Junior Leaving Certificate, 1939
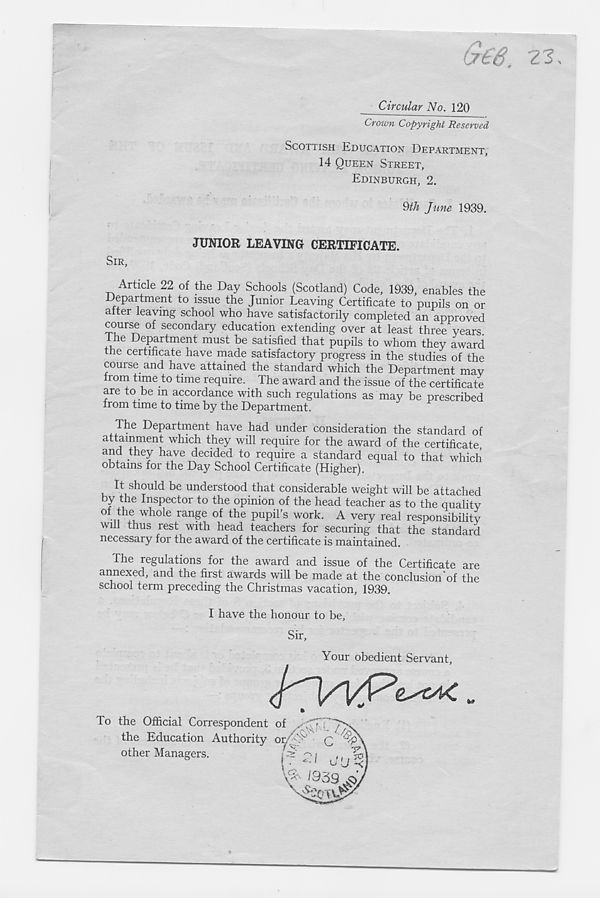
Circular No. 120
Crown Copyright Reserved
SCOTTISH EDUCATION DEPARTMENT,
14 QUEEN STREET,
EDINBURGH, 2.
§th June 1939.
JUNIOR LEAVING CERTIFICATE.
SIR,
Article 22 of the Day Schools (Scotland) Code, 1939, enables the
Department to issue the Junior Leaving Certificate to pupils on or
alter leaving school who have satisfactorily completed an approved
course of secondary education extending over at least three years,
fhe Department must be satisfied that pupils to whom they award
the certificate have made satisfactory progress in the studies of the
course, and have attained the standard which the Department may
from time to time require. The award and the issue of the certificate
are to be in accordance with such regulations as may be prescribed
from time to time by the Department.
The Department have had under consideration the standard of
attainment which they will require for the award of the certificate,
and they have decided to require a standard equal to that which
obtains for the Day School Certificate (Higher).
It should be understood that considerable weight will be attached
by the Inspector to the opinion of the head teacher as to the quality
of the whole range of the pupil’s work. A very real responsibilitv
will thus rest with head teachers for securing that the standard
necessary for the award of the certificate is maintained.
The regulations for the award and issue of the Certificate are
annexed, and the first awards will be made at the conclusion'of the
school term preceding the Christmas vacation, 1939.
I have the honour to be,
Sir,
Your obedient Servant,
To the Official Correspondent o*
^
the Education Authority oi
other Managers.